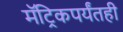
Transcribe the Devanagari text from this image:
मॅट्रिकपर्यंतही